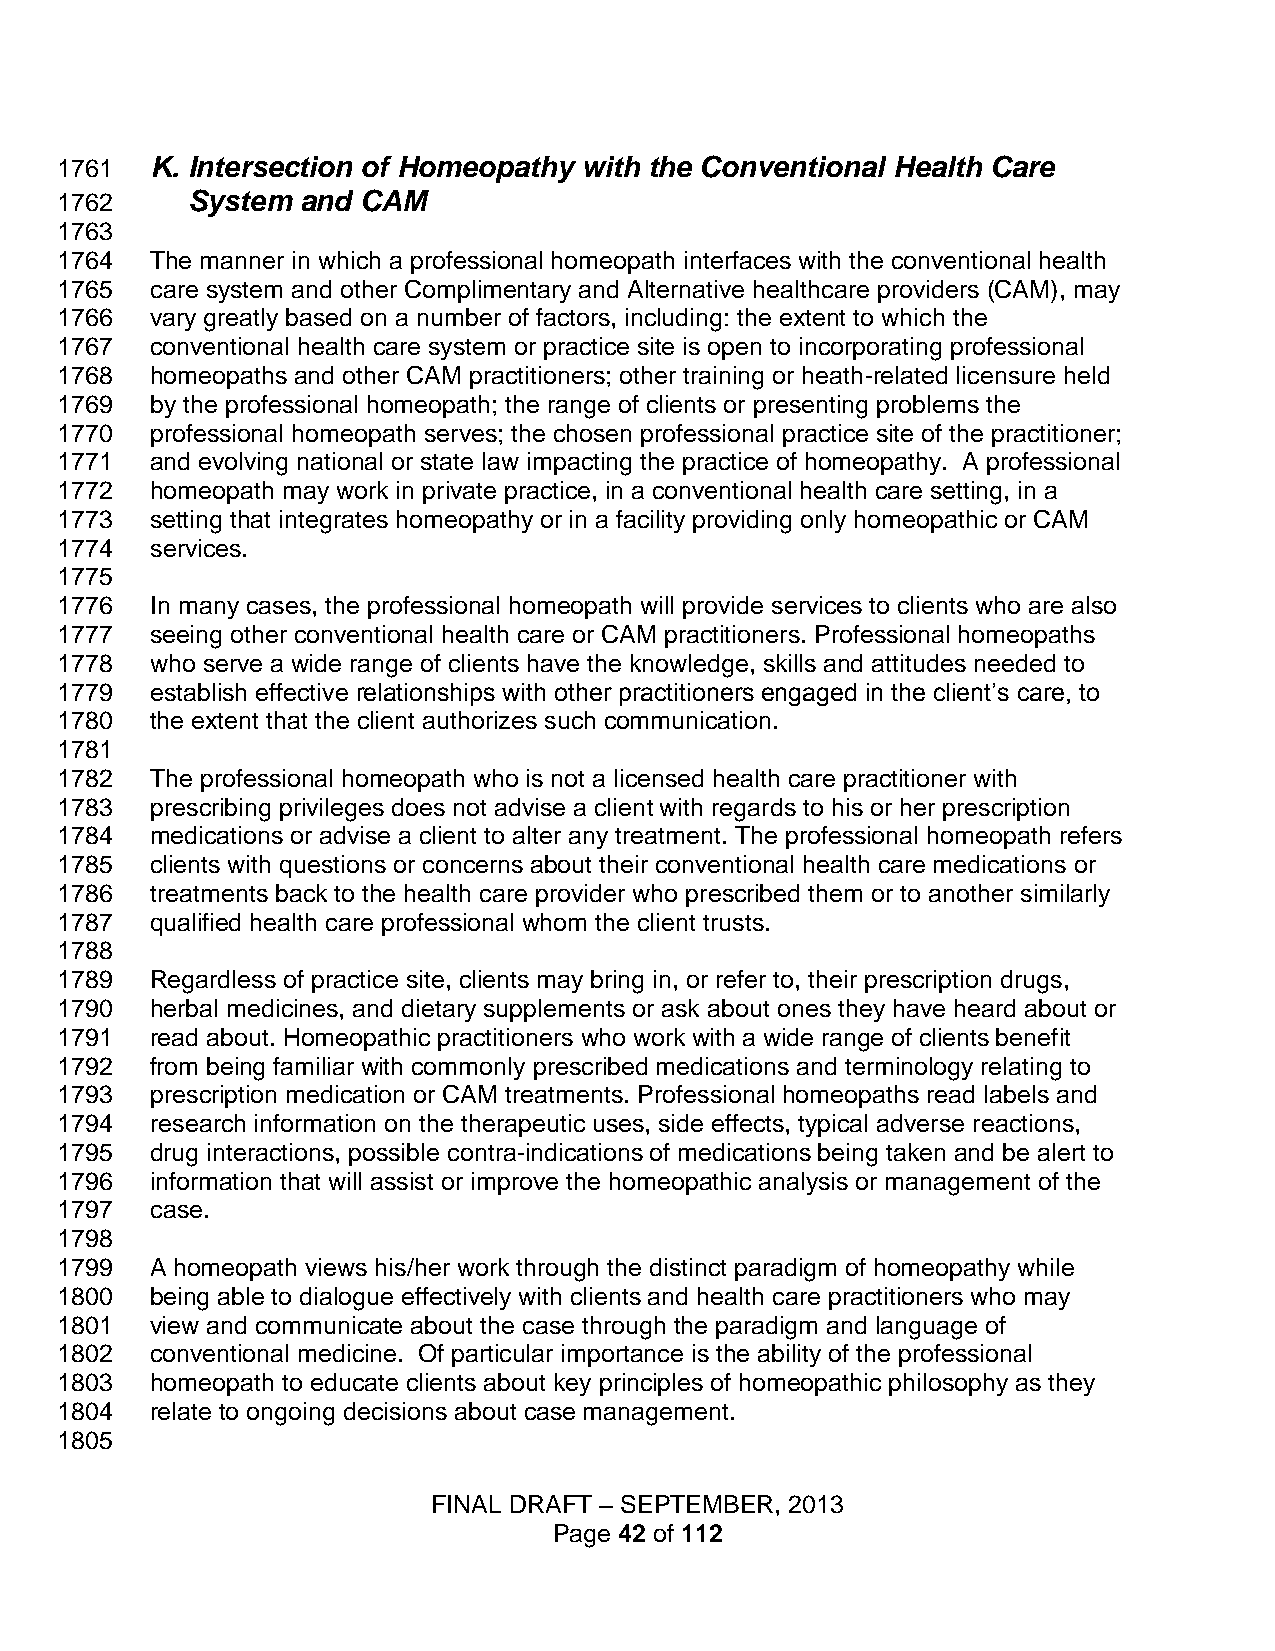
1761  K. Intersection of Homeopathy with the Conventional Health Care
 1762    System  and CAM
 1763
 1764  The manner in which a professional homeopath interfaces with the conventional health
 1765  care system and other Complimentary and Alternative healthcare providers (CAM), may
 1766  vary greatly based on a number of factors, including: the extent to which the
 1767  conventional health care system or practice site is open to incorporating professional
 1768  homeopaths and other CAM practitioners; other training or heath-related licensure held
 1769  by the professional homeopath; the range of clients or presenting problems the
 1770  professional homeopath serves; the chosen professional practice site of the practitioner;
 1771  and evolving national or state law impacting the practice of homeopathy. A professional
 1772  homeopath may work in private practice, in a conventional health care setting, in a
 1773  setting that integrates homeopathy or in a facility providing only homeopathic or CAM
 1774  services.
 1775
 1776  In many cases, the professional homeopath will provide services to clients who are also
 1777  seeing other conventional health care or CAM practitioners. Professional homeopaths
 1778  who serve a wide range of clients have the knowledge, skills and attitudes needed to
 1779  establish effective relationships with other practitioners engaged in the client’s care, to
 1780  the extent that the client authorizes such communication.
 1781
 1782  The professional homeopath who is not a licensed health care practitioner with
 1783  prescribing privileges does not advise a client with regards to his or her prescription
 1784  medications or advise a client to alter any treatment. The professional homeopath refers
 1785  clients with questions or concerns about their conventional health care medications or
 1786  treatments back to the health care provider who prescribed them or to another similarly
 1787  qualified health care professional whom the client trusts.
 1788
 1789  Regardless of practice site, clients may bring in, or refer to, their prescription drugs,
 1790  herbal medicines, and dietary supplements or ask about ones they have heard about or
 1791  read about. Homeopathic practitioners who work with a wide range of clients benefit
 1792  from being familiar with commonly prescribed medications and terminology relating to
 1793  prescription medication or CAM treatments. Professional homeopaths read labels and
 1794  research information on the therapeutic uses, side effects, typical adverse reactions,
 1795  drug interactions, possible contra-indications of medications being taken and be alert to
 1796  information that will assist or improve the homeopathic analysis or management of the
 1797  case.
 1798
 1799  A homeopath views his/her work through the distinct paradigm of homeopathy while
 1800  being able to dialogue effectively with clients and health care practitioners who may
 1801  view and communicate about the case through the paradigm and language of
 1802  conventional medicine. Of particular importance is the ability of the professional
 1803  homeopath to educate clients about key principles of homeopathic philosophy as they
 1804  relate to ongoing decisions about case management.
 1805
 FINAL DRAFT – SEPTEMBER, 2013
 Page 42 of 112